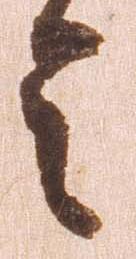
令